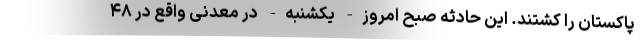
پاکستان را کشتند. این حادثه صبح امروز- یکشنبه- در معدنی واقع در ۴۸